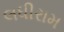
લધીરામ